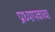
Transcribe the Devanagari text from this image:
प्राध्यापकाचा